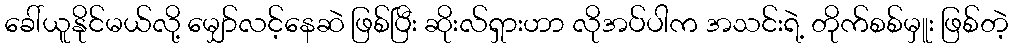
ခေါ်ယူနိုင်မယ်လို့ မျှော်လင့်နေဆဲ ဖြစ်ပြီး ဆိုးလ်ရှားဟာ လိုအပ်ပါက အသင်းရဲ့ တိုက်စစ်မှူး ဖြစ်တဲ့